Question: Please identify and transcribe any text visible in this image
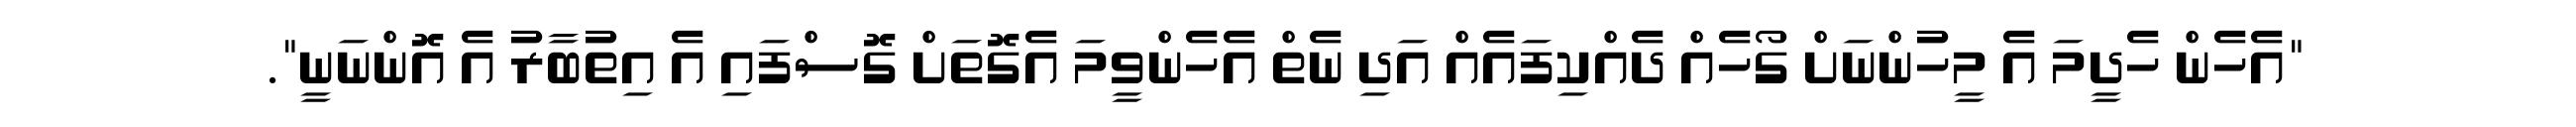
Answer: "އެހެން ހެދީމަ އެ މީހުންނަށް ގޯހެއް ދެއްކިފައެއް އަދި ނެތް އެހެންވީމަ އެގޮތަށް ގޮސްފައި އެ އިތުބާރު އެ އޮންނަނީ".